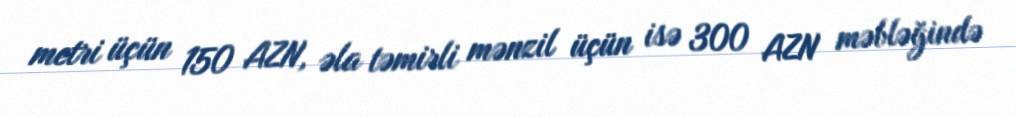
metri üçün 150 AZN, əla təmirli mənzil üçün isə 300 AZN məbləğində